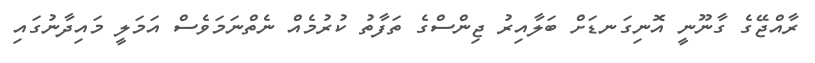
ރާއްޖޭގެ ގާނޫނީ އޮނިގަނޑަށް ބަލާއިރު ޖިންސްގެ ތަފާތު ކުރުމެއް ނެތްނަމަވެސް އަމަލީ މައިދާނުގައި